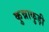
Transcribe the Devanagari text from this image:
कुन्नाकुड़ी